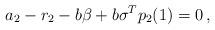
LaTeX: \begin{align*} a_2-r_2-b\beta+b\sigma^Tp_2(1)=0\,, \end{align*}